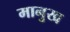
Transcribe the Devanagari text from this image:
मानुख